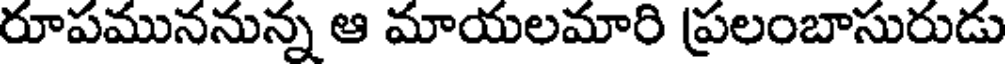
రూపముననున్న ఆ మాయలమారి ప్రలంబాసురుడు